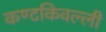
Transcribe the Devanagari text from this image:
कण्टकिवल्ली